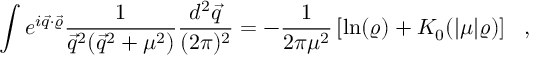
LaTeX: \int e ^ { i \vec { q } \cdot \vec { \varrho } } \frac { 1 } { \vec { q } ^ { 2 } ( \vec { q } ^ { 2 } + \mu ^ { 2 } ) } \frac { d ^ { 2 } \vec { q } } { ( 2 \pi ) ^ { 2 } } = - \frac { 1 } { 2 \pi \mu ^ { 2 } } \left[ \ln ( \varrho ) + K _ { 0 } ( | \mu | \varrho ) \right] ~ ~ ,